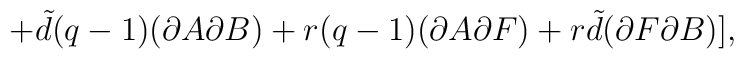
+{\tilde d}(q-1)(\partial A\partial B)+r(q-1)(\partial A\partial F) +r{\tilde d}(\partial F\partial B)],